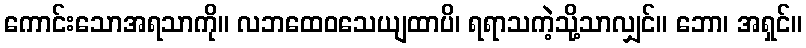
ကောင်းသောအရသာကို။ လဘထေဝသေယျထာပိ၊ ရရာသကဲ့သို့သာလျှင်။ ဘော၊ အရှင်။